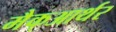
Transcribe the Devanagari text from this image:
मैक्‌आर्थर